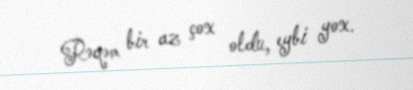
Rəqəm bir az çox oldu, eybi yox.